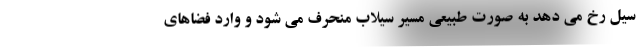
سیل رخ می دهد به صورت طبیعی مسیر سیلاب منحرف می شود و وارد فضاهای